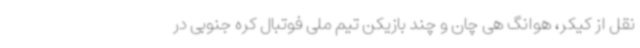
نقل از کیکر، هوانگ هی چان و چند بازیکن تیم ملی فوتبال کره جنوبی در